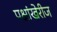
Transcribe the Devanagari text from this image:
पक्षांखेरीज